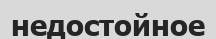
недостойное